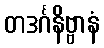
တဒင်္ဂနိဗ္ဗာနံ